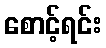
စောင့်ရင်း